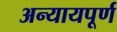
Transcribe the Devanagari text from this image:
अन्‍यायपूर्ण